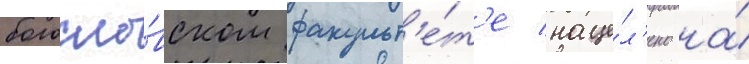
богосло́вском факульт'е́т'е наце́л'ено на́